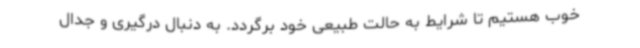
خوب هستیم تا شرایط به حالت طبیعی خود برگردد. به دنبال درگیری و جدال